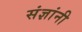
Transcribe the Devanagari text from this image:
संज्ञांनी